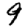
Digit: 9